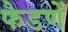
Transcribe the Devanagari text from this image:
फेडणें